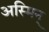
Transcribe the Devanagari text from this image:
अस्मिन्